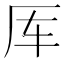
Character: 厍